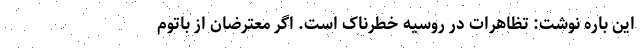
این باره نوشت: تظاهرات در روسیه خطرناک است. اگر معترضان از باتوم